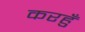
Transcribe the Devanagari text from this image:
करहुँ